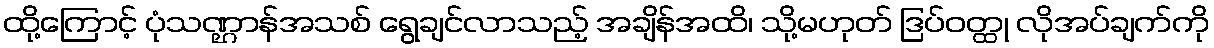
ထို့ကြောင့် ပုံသဏ္ဌာန်အသစ် ရွေချင်လာသည့် အချိန်အထိ၊ သို့မဟုတ် ဒြပ်ဝတ္ထု လိုအပ်ချက်ကို